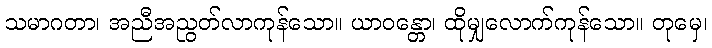
သမာဂတာ၊ အညီအညွတ်လာကုန်သော။ ယာဝန္တော၊ ထိုမျှလောက်ကုန်သော။ တုမှေ၊